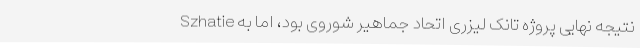
Szhatie نتیجه نهایی پروژه تانک لیزری اتحاد جماهیر شوروی بود، اما به